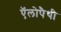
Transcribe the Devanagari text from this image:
ऍलोपैथी